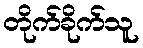
တိုက်ခိုက်သူ